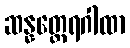
ဆန္နတ္ထေရဂါထာ